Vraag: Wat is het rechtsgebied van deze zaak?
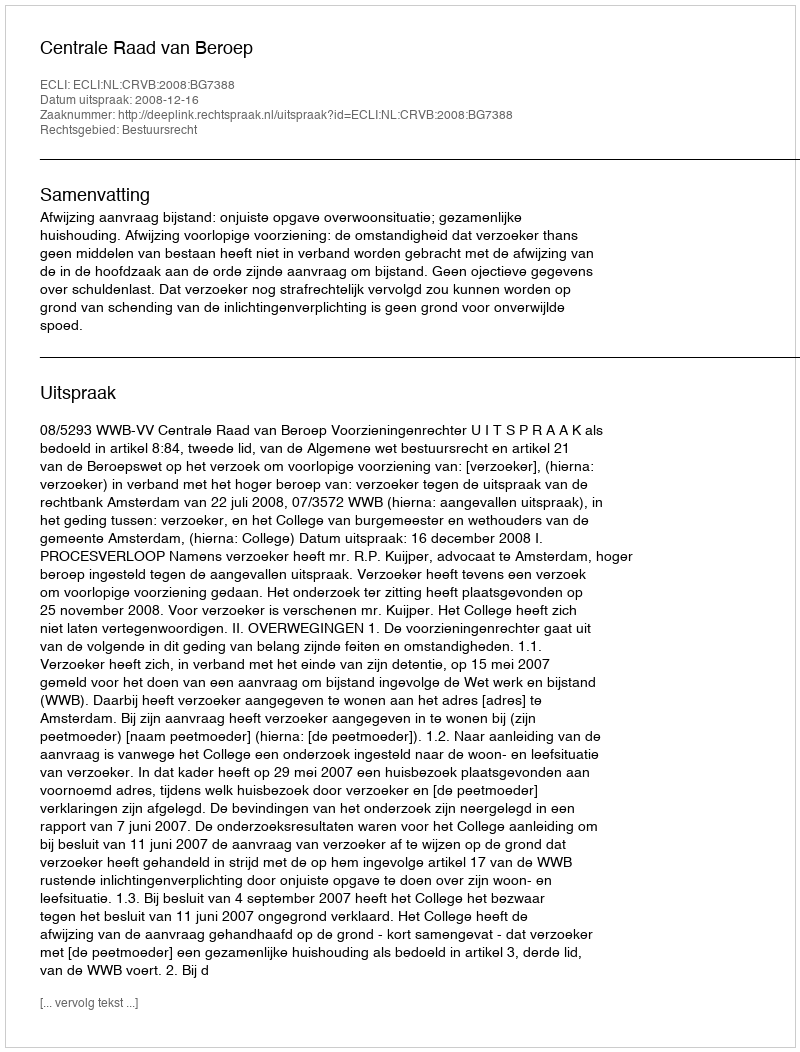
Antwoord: Bestuursrecht